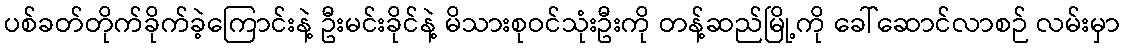
ပစ်ခတ်တိုက်ခိုက်ခဲ့ကြောင်းနဲ့ ဦးမင်းခိုင်နဲ့ မိသားစုဝင်သုံးဦးကို တန့်ဆည်မြို့ကို ခေါ်ဆောင်လာစဉ် လမ်းမှာ